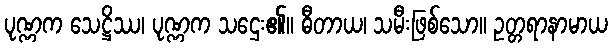
ပုဏ္ဏက သေဋ္ဌိဿ၊ ပုဏ္ဏက သဌေး၏။ ဓီတာယ၊ သမီးဖြစ်သော။ ဥတ္တရာနာမာယ